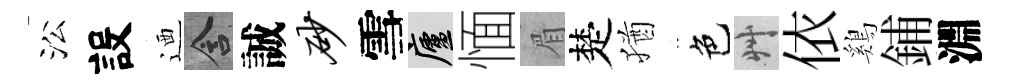
㳂設迺含誠砂雪廬愐眉楚猶色艸依鷄鋪淵